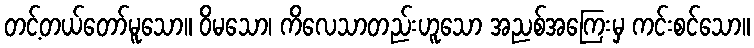
တင့်တယ်တော်မူသော။ ဝိမသော၊ ကိလေသာတည်းဟူသော အညစ်အကြေးမှ ကင်းစင်သော။